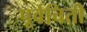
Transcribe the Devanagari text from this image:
पूर्वचिती